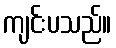
ကျင်းပသည်။